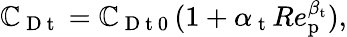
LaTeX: \mathbb{C}_{\mathrm{{~D~t~}}}=\mathbb{C}_{\mathrm{{~D~t~0~}}}(1+\alpha_{\mathrm{{~t~}}}Re_{\mathrm{{p}}}^{\beta_{\mathrm{{t}}}}),